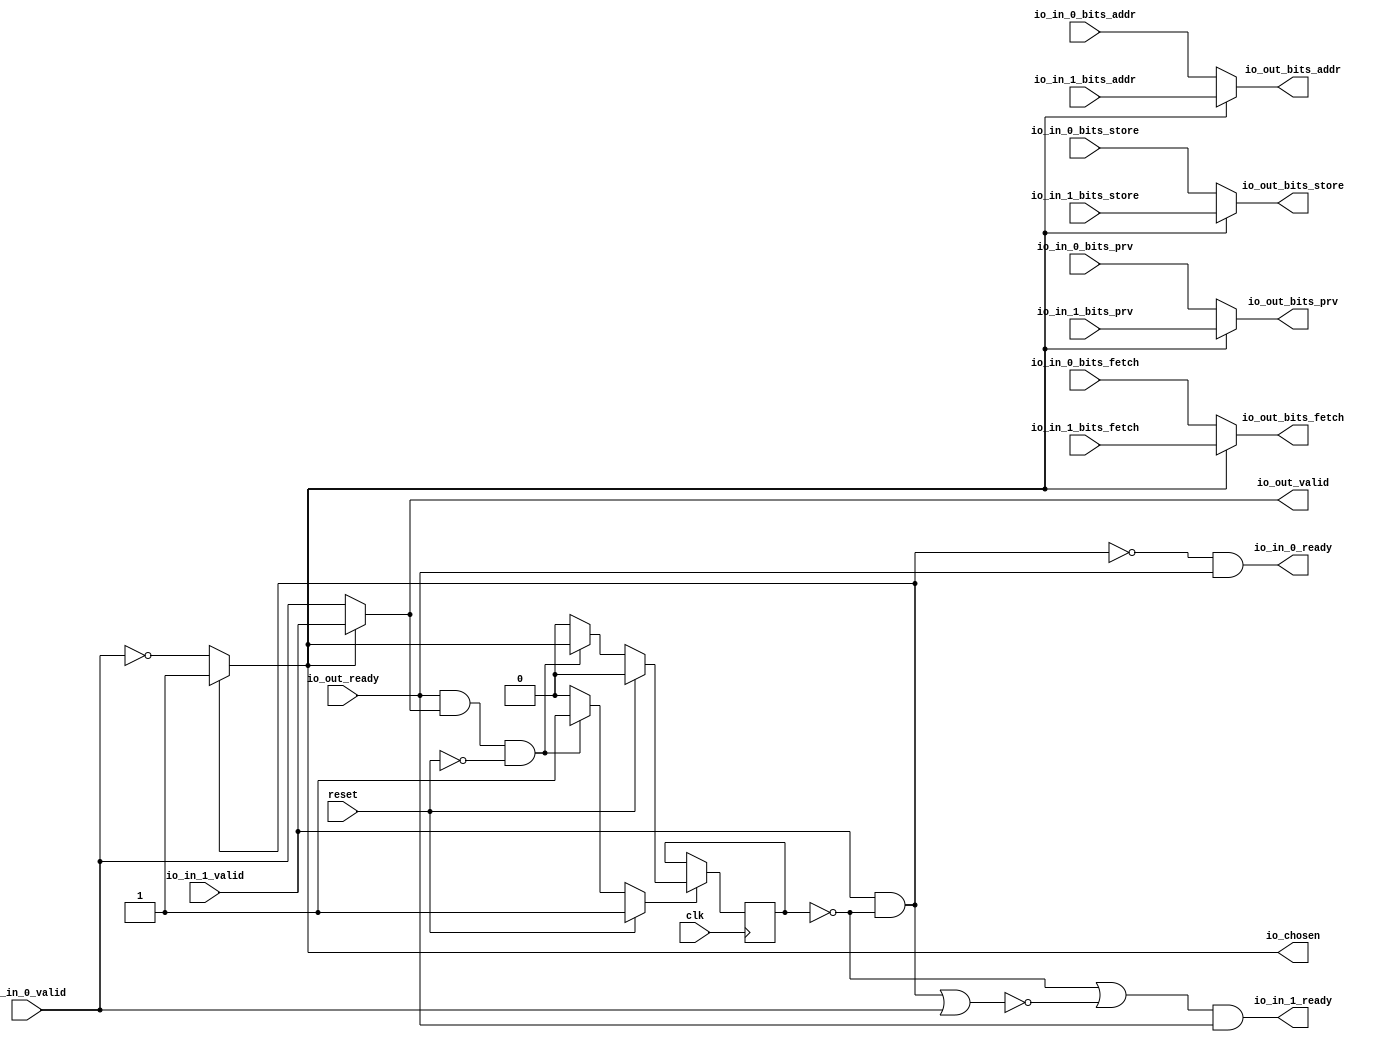
module RRArbiter_3
(
  clk,
  reset,
  io_in_1_ready,
  io_in_1_valid,
  io_in_1_bits_addr,
  io_in_1_bits_prv,
  io_in_1_bits_store,
  io_in_1_bits_fetch,
  io_in_0_ready,
  io_in_0_valid,
  io_in_0_bits_addr,
  io_in_0_bits_prv,
  io_in_0_bits_store,
  io_in_0_bits_fetch,
  io_out_ready,
  io_out_valid,
  io_out_bits_addr,
  io_out_bits_prv,
  io_out_bits_store,
  io_out_bits_fetch,
  io_chosen
);

  input [26:0] io_in_1_bits_addr;
  input [1:0] io_in_1_bits_prv;
  input [26:0] io_in_0_bits_addr;
  input [1:0] io_in_0_bits_prv;
  output [26:0] io_out_bits_addr;
  output [1:0] io_out_bits_prv;
  input clk;
  input reset;
  input io_in_1_valid;
  input io_in_1_bits_store;
  input io_in_1_bits_fetch;
  input io_in_0_valid;
  input io_in_0_bits_store;
  input io_in_0_bits_fetch;
  input io_out_ready;
  output io_in_1_ready;
  output io_in_0_ready;
  output io_out_valid;
  output io_out_bits_store;
  output io_out_bits_fetch;
  output io_chosen;
  wire [26:0] io_out_bits_addr;
  wire [1:0] io_out_bits_prv;
  wire io_in_1_ready,io_in_0_ready,io_out_valid,io_out_bits_store,io_out_bits_fetch,
  io_chosen,N0,N1,N2,N3,N4,N5,N6,T1,N7,T2,T4,N8,T12,T19,T13,T14,T17,T15,T16,T18,T21,
  T25,T22,T23,T24,T27,T26,N9,N10,N11,N12,N13,N14,N15;
  reg last_grant;
  assign T18 = N0 & 1'b0;
  assign N0 = ~last_grant;
  assign T19 = N1 & 1'b0;
  assign N1 = ~last_grant;

  always @(posedge clk) begin
    if(N11) begin
      last_grant <= N12;
    end 
  end

  assign N15 = ~io_in_0_valid;
  assign io_chosen = (N2)? 1'b1 : 
                     (N3)? N15 : 1'b0;
  assign N2 = T1;
  assign N3 = N7;
  assign io_out_bits_fetch = (N4)? io_in_1_bits_fetch : 
                             (N5)? io_in_0_bits_fetch : 1'b0;
  assign N4 = io_chosen;
  assign N5 = N8;
  assign io_out_bits_store = (N4)? io_in_1_bits_store : 
                             (N5)? io_in_0_bits_store : 1'b0;
  assign io_out_bits_prv = (N4)? io_in_1_bits_prv : 
                           (N5)? io_in_0_bits_prv : 1'b0;
  assign io_out_bits_addr = (N4)? io_in_1_bits_addr : 
                            (N5)? io_in_0_bits_addr : 1'b0;
  assign io_out_valid = (N4)? io_in_1_valid : 
                        (N5)? io_in_0_valid : 1'b0;
  assign N11 = (N6)? 1'b1 : 
               (N14)? 1'b1 : 
               (N10)? 1'b0 : 1'b0;
  assign N6 = reset;
  assign N12 = (N6)? 1'b0 : 
               (N14)? io_chosen : 1'b0;
  assign N7 = ~T1;
  assign T1 = io_in_1_valid & T2;
  assign T2 = ~last_grant;
  assign T4 = io_out_ready & io_out_valid;
  assign N8 = ~io_chosen;
  assign io_in_0_ready = T12 & io_out_ready;
  assign T12 = T19 | T13;
  assign T13 = ~T14;
  assign T14 = T17 | T15;
  assign T15 = io_in_1_valid & T16;
  assign T16 = ~last_grant;
  assign T17 = io_in_0_valid & T18;
  assign io_in_1_ready = T21 & io_out_ready;
  assign T21 = T25 | T22;
  assign T22 = ~T23;
  assign T23 = T24 | io_in_0_valid;
  assign T24 = T17 | T15;
  assign T25 = T27 & T26;
  assign T26 = ~last_grant;
  assign T27 = ~T17;
  assign N9 = T4 | reset;
  assign N10 = ~N9;
  assign N13 = ~reset;
  assign N14 = T4 & N13;

endmodule